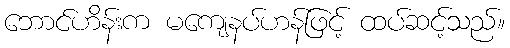
ဘောင်ဟိန်းက မကျေနပ်ဟန်ဖြင့် ထပ်ဆင့်သည်။